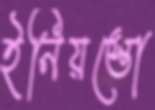
ইনিয়স্তো